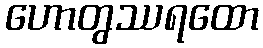
ဟောတွဿရထော